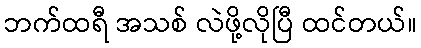
ဘက်ထရီ အသစ် လဲဖို့လိုပြီ ထင်တယ်။